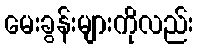
မေးခွန်းများကိုလည်း